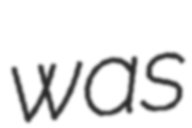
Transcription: was